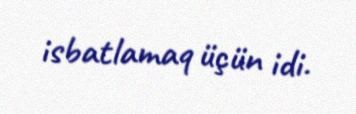
isbatlamaq üçün idi.